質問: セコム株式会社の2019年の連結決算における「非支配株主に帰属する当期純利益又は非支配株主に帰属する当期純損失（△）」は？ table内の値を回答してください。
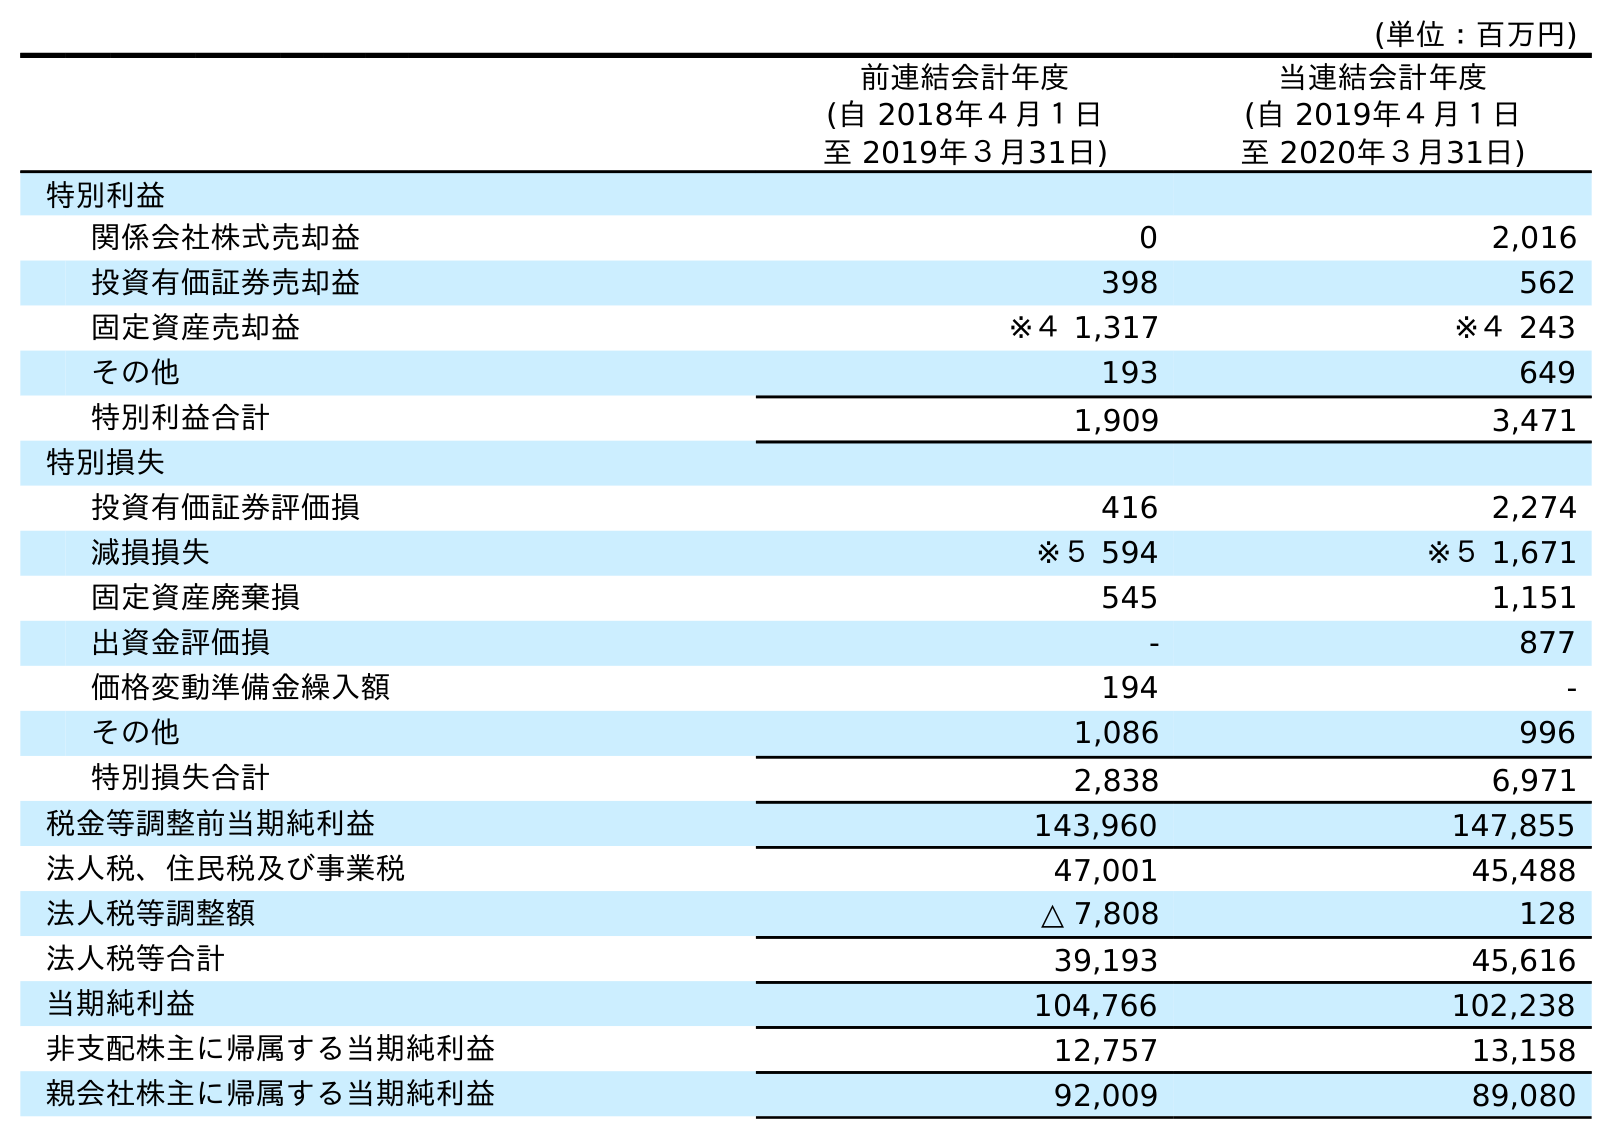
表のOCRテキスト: (単位：百万円) 前連結会計年度 (自 2018年４月１日 至 2019年３月31日) 当連結会計年度 (自 2019年４月１日 至 2020年３月31日) 特別利益 関係会社株式売却益 0 2,016 投資有価証券売却益 398 562 固定資産売却益 ※４ 1,317 ※４ 243 その他 193 649 特別利益合計 1,909 3,471 特別損失 投資有価証券評価損 416 2,274 減損損失 ※５ 594 ※５ 1,671 固定資産廃棄損 545 1,151 出資金評価損 - 877 価格変動準備金繰入額 194 - その他 1,086 996 特別損失合計 2,838 6,971 税金等調整前当期純利益 143,960 147,855 法人税、住民税及び事業税 47,001 45,488 法人税等調整額 △ 7,808 128 法人税等合計 39,193 45,616 当期純利益 104,766 102,238 非支配株主に帰属する当期純利益 12,757 13,158 親会社株主に帰属する当期純利益 92,009 89,080
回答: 12,757